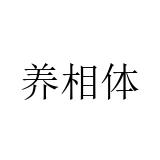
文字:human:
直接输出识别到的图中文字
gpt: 养相体